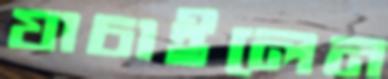
যাচাইলেন